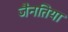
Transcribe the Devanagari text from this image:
जैनतिया